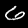
Digit: 6